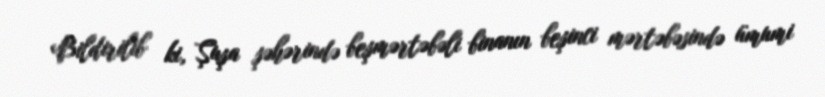
Bildirilib ki, Şuşa şəhərində beşmərtəbəli binanın beşinci mərtəbəsində ümumi